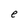
Character: e